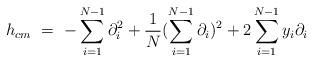
LaTeX: \begin{align*}h_{cm}\ = \ -\sum_{i=1}^{N-1} \partial_i^2 + \frac{1}{N}(\sum_{i=1}^{N-1} \partial_i)^2 +2 \sum_{i=1}^{N-1} y_i \partial_i\end{align*}